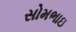
સોમભાઇ